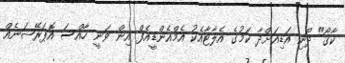
ކާގޯ" ދޯނި އަޑިއަށްދާ ކަމުގެ އެލާޓާއެކު އެމްއެންޑީއެފް އިން ވަނީ ހާއްސަ އޮޕަރޭޝަނެއް